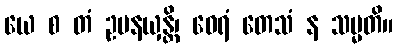
ယေ စ တံ ဥပနယှန္တိ၊ ဝေရံ တေသံ န သမ္မတိ။